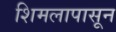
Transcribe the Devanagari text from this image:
शिमलापासून